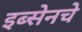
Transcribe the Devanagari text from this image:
इब्सेनचे